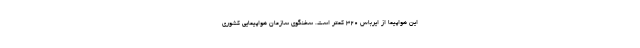
این هواپیما از ایرباس ۳۲۰ کمتر است. سخنگوی سازمان هواپیمایی کشوری